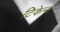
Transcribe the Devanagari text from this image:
टिकेन्द्र